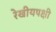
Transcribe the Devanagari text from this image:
रेखीयपक्षी